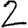
Digit: 2